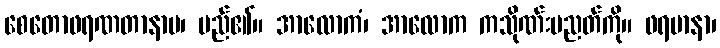
စေတောဖရဏတာနာမ၊ မည်၏။ အာလောကံ၊ အာလောက ကသိုဏ်းပညတ်ကို။ ဖရမာနာ၊